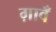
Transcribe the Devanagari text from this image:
ग़ावँ